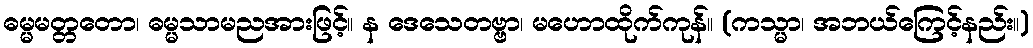
ဓမ္မမတ္တတော၊ ဓမ္မသာမညအားဖြင့်။ န ဒေသေတဗ္ဗာ၊ မဟောထိုက်ကုန်။ (ကသ္မာ၊ အဘယ်ကြေင့်နည်း။)